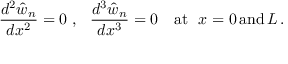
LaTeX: { \frac { d ^ { 2 } { \hat { w } } _ { n } } { d x ^ { 2 } } } = 0 ~ , ~ ~ { \frac { d ^ { 3 } { \hat { w } } _ { n } } { d x ^ { 3 } } } = 0 \quad { \mathrm { a t } } ~ ~ x = 0 \, { \mathrm { a n d } } \, L \, .